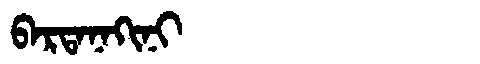
Manchu: ᠪᠠᡵᡨᠠᠨᠠᡴᡳᠨᡳ
Romanization: BARTANAKINI